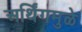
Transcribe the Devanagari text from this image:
अर्थिंगमुळे